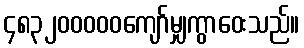
၄၈၃၂၀၀၀၀၀ကျော်မျှကွာဝေးသည်။